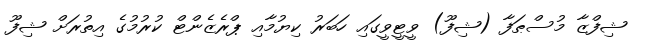
ޝިފްޒާ މުސްޠަފާ (ޝިފޫ) ވީޓީވީގައި ހަބަރު ކިޔުމާއި ޕްރެޒެންޓް ކުރުމުގެ އިތުރަށް ޝިފޫ